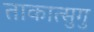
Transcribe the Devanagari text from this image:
ताकात्सुगु